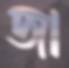
জা